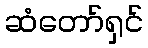
ဆံတော်ရှင်